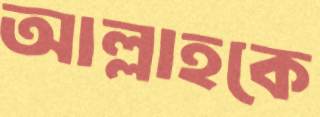
আল্লাহকে